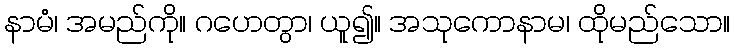
နာမံ၊ အမည်ကို။ ဂဟေတွာ၊ ယူ၍။ အသုကောနာမ၊ ထိုမည်သော။